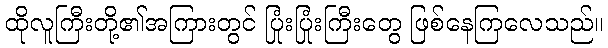
ထိုလူကြီးတို့၏အကြားတွင် ပြုံးပြုံးကြီးတွေ ဖြစ်နေကြလေသည်။